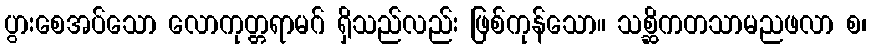
ပွားစေအပ်သော လောကုတ္တရာမဂ် ရှိသည်လည်း ဖြစ်ကုန်သော။ သစ္ဆိကတသာမညဖလာ စ၊